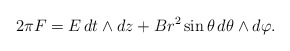
\begin{align*}2\pi F=E\,dt\land dz+Br^2\sin\theta\,d\theta\land d\varphi.\end{align*}